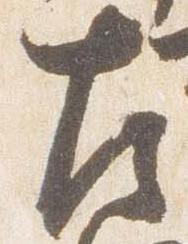
左